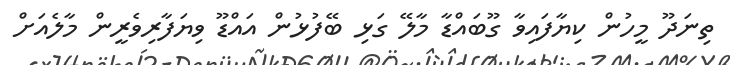
ތިނަދޫ މީހުން ކިޔާފައިވާ ގޫބައްޑާ މާލޭ ގަޅި ބޭފުޅުން އައްޑޫ ވިޔަފާރިވެރީން މާލެއަށް